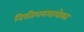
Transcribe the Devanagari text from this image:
निरतिशयमालोक्य